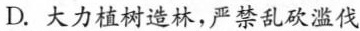
D.大力植树造林，严禁乱砍滥伐